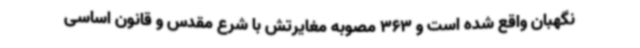
نگهبان واقع شده است و 363 مصوبه مغایرتش با شرع مقدس و قانون اساسی